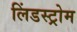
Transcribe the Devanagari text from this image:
लिंडस्ट्रोम